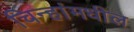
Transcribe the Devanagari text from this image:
चिन्हांमधील